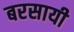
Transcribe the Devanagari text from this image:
बरसायी